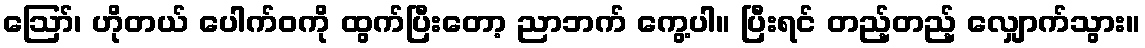
ဪ၊ ဟိုတယ် ပေါက်ဝကို ထွက်ပြီးတော့ ညာဘက် ကွေ့ပါ။ ပြီးရင် တည့်တည့် လျှောက်သွား။